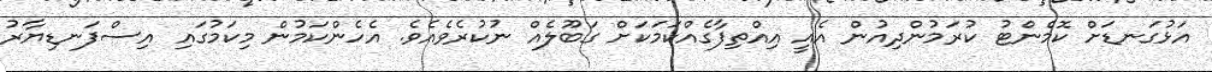
އަޅުގަނޑަށް ކޮމެންޓު ކުރަމުންދިއުން އެއީ އިއްތިފާގެއްކަމަކަށް ގަބޫލެއް ނުކުރެވެއެވެ. އެހެންކަމުން މިކަމުގައި އިސްފަނޑިޔާރު